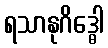
ရသာနုဂိဒ္ဓေါ